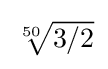
{\textstyle {\sqrt[{50}]{3/2}}}